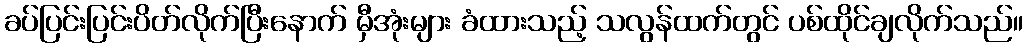
ခပ်ပြင်းပြင်းပိတ်လိုက်ပြီးနောက် မှီအုံးများ ခံထားသည့် သလွန်ထက်တွင် ပစ်ထိုင်ချလိုက်သည်။